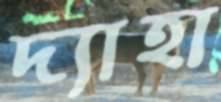
দ্যাহা